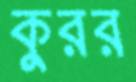
কুরর